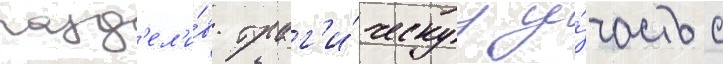
разд'ел'и́в траг'и́ческуу у́часть с